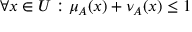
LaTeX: \forall x \in U : \mu _ { A } ( x ) + \nu _ { A } ( x ) \leq 1